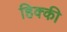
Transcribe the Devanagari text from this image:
हिक्‍की